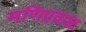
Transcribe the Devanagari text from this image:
मणिप्रवाळ